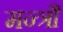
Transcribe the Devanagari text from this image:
मन्त्रौं